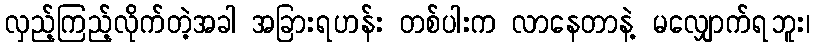
လှည့်ကြည့်လိုက်တဲ့အခါ အခြားရဟန်း တစ်ပါးက လာနေတာနဲ့ မလျှောက်ရဘူး၊